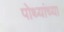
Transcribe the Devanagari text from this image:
पोथ्यांच्या